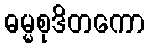
ဓမ္မစုဒိတကော